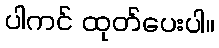
ပါကင် ထုတ်ပေးပါ။